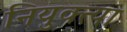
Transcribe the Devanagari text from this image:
नियुक्त्या